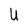
Character: U